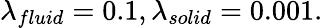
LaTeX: \lambda_{fluid}=0.1,\lambda_{solid}=0.001.